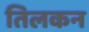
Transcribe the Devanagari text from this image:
तिलकन